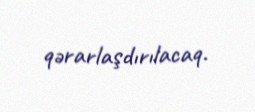
qərarlaşdırılacaq.